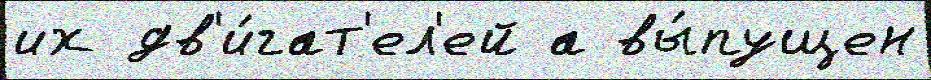
их дв'и́гат'ел'ей а вы́пущен